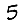
Digit: 5